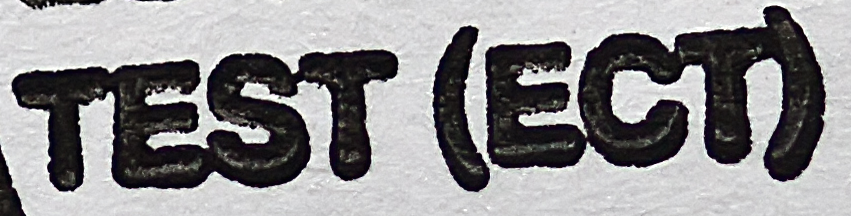
TEST (ECT)